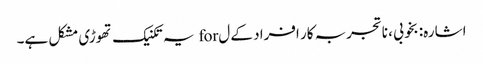
اشارہ: بخوبی ، ناتجربہ کار افراد کے ل for یہ تکنیک تھوڑی مشکل ہے۔